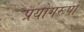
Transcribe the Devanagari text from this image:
प्रयोगरूपों